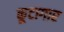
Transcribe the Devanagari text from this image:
कूटागार